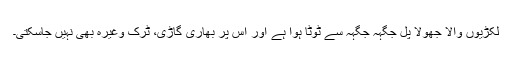
لکڑیوں والا جھولا پُل جگہہ جگہہ سے ٹوٹا ہوا ہے اور اس پر بھاری گاڑی، ٹرک وغیرہ بھی نہیں جاسکتی۔